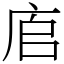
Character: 㢂